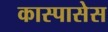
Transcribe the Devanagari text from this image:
कास्पासेस